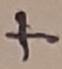
Text: +